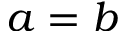
a = b